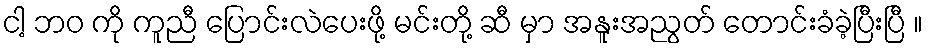
ငါ့ ဘဝ ကို ကူညီ ပြောင်းလဲပေးဖို့ မင်းတို့ ဆီ မှာ အနူးအညွတ် တောင်းခံခဲ့ပြီးပြီ ။